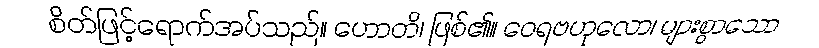
စိတ်ဖြင့်ရောက်အပ်သည်။ ဟောတိ၊ ဖြစ်၏။ ဝေရဗဟုလော၊ များစွာသော